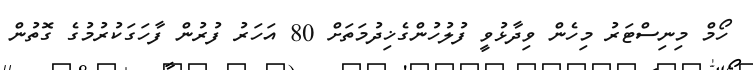
ހޯމް މިނިސްޓަރު މިހެން ވިދާޅުވީ ފުލުހުންގެޚިދުމަތަށް 80 އަހަރު ފުރުން ފާހަގަކުރުމުގެ ގޮތުން